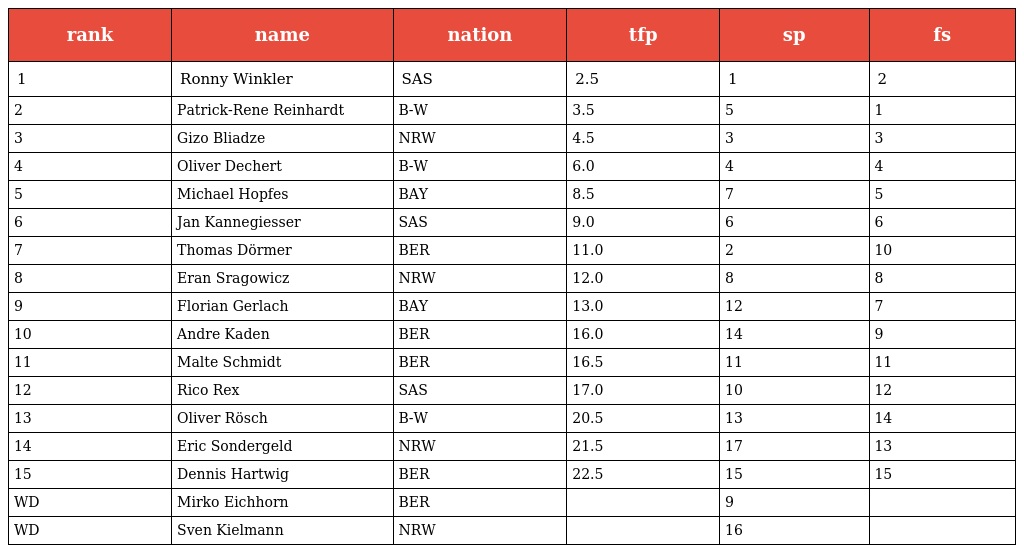
| rank | name | nation | tfp | sp | fs |
 | --- | --- | --- | --- | --- | --- |
 | 1 | Ronny Winkler | SAS | 2.5 | 1 | 2 |
 | 2 | Patrick-Rene Reinhardt | B-W | 3.5 | 5 | 1 |
 | 3 | Gizo Bliadze | NRW | 4.5 | 3 | 3 |
 | 4 | Oliver Dechert | B-W | 6.0 | 4 | 4 |
 | 5 | Michael Hopfes | BAY | 8.5 | 7 | 5 |
 | 6 | Jan Kannegiesser | SAS | 9.0 | 6 | 6 |
 | 7 | Thomas Dörmer | BER | 11.0 | 2 | 10 |
 | 8 | Eran Sragowicz | NRW | 12.0 | 8 | 8 |
 | 9 | Florian Gerlach | BAY | 13.0 | 12 | 7 |
 | 10 | Andre Kaden | BER | 16.0 | 14 | 9 |
 | 11 | Malte Schmidt | BER | 16.5 | 11 | 11 |
 | 12 | Rico Rex | SAS | 17.0 | 10 | 12 |
 | 13 | Oliver Rösch | B-W | 20.5 | 13 | 14 |
 | 14 | Eric Sondergeld | NRW | 21.5 | 17 | 13 |
 | 15 | Dennis Hartwig | BER | 22.5 | 15 | 15 |
 | WD | Mirko Eichhorn | BER |  | 9 |  |
 | WD | Sven Kielmann | NRW |  | 16 |  |